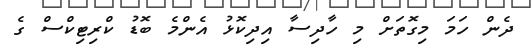
ދެން ހަމަ މިގޮތަށް މި ހާދިސާ އިދިކޮޅު އެންމެ ބޮޑު ކްރިޓިކްސް ގެ